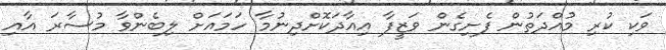
ވަކި ކުރި މުއްދަތުން ފެށިގެން ވަޒީފާ އިއާދަކޮށްދިނުމާ ހަމައަށް ލިބެންވާ މުސާރަ އާއި